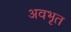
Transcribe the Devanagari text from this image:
अवभृत